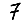
Digit: 7